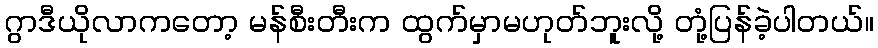
ဂွာဒီယိုလာကတော့ မန်စီးတီးက ထွက်မှာမဟုတ်ဘူးလို့ တုံ့ပြန်ခဲ့ပါတယ်။